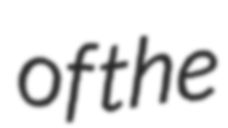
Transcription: of the